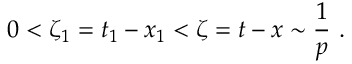
0 < \zeta _ { 1 } = t _ { 1 } - x _ { 1 } < \zeta = t - x \sim \frac 1 p \ .